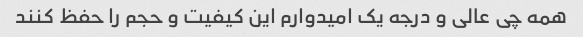
همه چی عالی و درجه یک امیدوارم این کیفیت و حجم را حفظ کنند